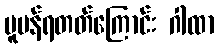
ပူပန်ရတတ်ကြောင်း ဂါထာ